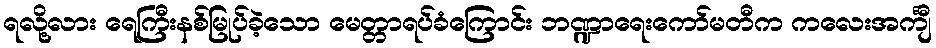
ရလို့လား ရေကြီးနစ်မြုပ်ခဲ့သော မေတ္တာရပ်ခံကြောင်း ဘဏ္ဍာရေးကော်မတီက ကလေးအင်္ကျီ